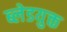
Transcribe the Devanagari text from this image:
ब्लेडयुक्त